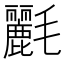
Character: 𣰿